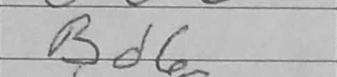
Transcription: Bd6